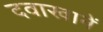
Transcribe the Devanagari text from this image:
दवाखानें